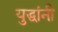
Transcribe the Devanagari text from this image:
युद्धांनी